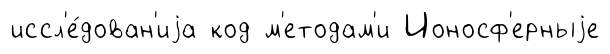
иссл'е́дован'иjа код м'етодам'и Ионосф'ерныjе